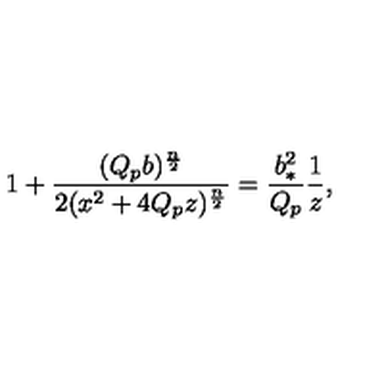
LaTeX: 1 + { \frac { ( Q _ { p } b ) ^ { \frac { n } { 2 } } } { 2 ( x ^ { 2 } + 4 Q _ { p } z ) ^ { \frac { n } { 2 } } } } = { \frac { b _ { * } ^ { 2 } } { Q _ { p } } } { \frac { 1 } { z } } ,